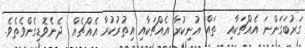
ގަރުބަގަންނަ އެއްޗަކާއި  ތައް އުނިކުރާ އެއްޗަކާއި އިތުރުކުރާ އެއްޗެއް  ދެނެވޮޑިގެންވެތެވެ.